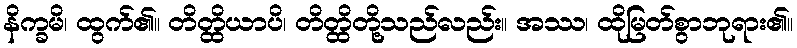
နိက္ခမိ၊ ထွက်၏။ တိတ္ထိယာပိ၊ တိတ္ထိတို့သည်လည်း။ အဿ၊ ထိုမြတ်စွာဘုရား၏။